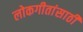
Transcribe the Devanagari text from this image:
लोकगीतांसाठी